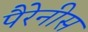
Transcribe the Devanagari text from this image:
पैरेनीस